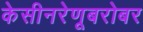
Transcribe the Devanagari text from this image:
केसीनरेणूबरोबर